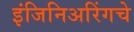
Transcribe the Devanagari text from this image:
इंजिनिअरिंगचे